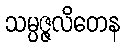
သမ္ပဇ္ဇလိတေန